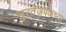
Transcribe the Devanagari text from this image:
सुरतेजवळच्या